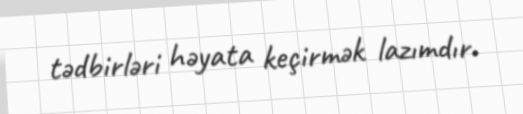
tədbirləri həyata keçirmək lazımdır.